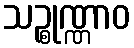
သဉ္စုဏ္ဏာဝ